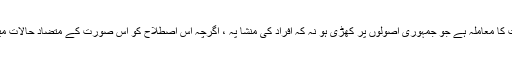
یہ خاص طور پر اس حکومت کا معاملہ ہے جو جمہوری اصولوں پر کھڑی ہو نہ کہ افراد کی منشا پہ ، اگرچہ اس اصطلاح کو اس صورت کے متضاد حالات میں بھی استعمال کیا جاتا ہے ۔